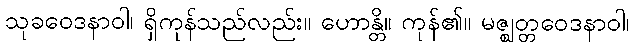
သုခဝေဒနာဝါ၊ ရှိကုန်သည်လည်း။ ဟောန္တိ။ ကုန်၏။ မဇ္ဈတ္တဝေဒနာဝါ၊